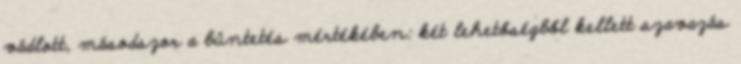
vádlott, másodszor a büntetés mértékében: két lehetőségből kellett szavazás